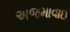
અજમાવાઇ